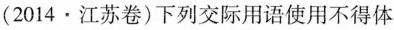
(2014.江苏卷)下列交际用语使用不得体